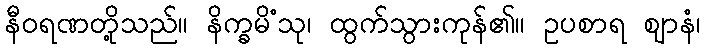
နီဝရဏတို့သည်။ နိက္ခမိံသု၊ ထွက်သွားကုန်၏။ ဥပစာရ ဈာနံ၊